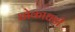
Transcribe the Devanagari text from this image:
धोकाधड़ी